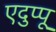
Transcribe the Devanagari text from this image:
एदुप्पू